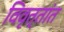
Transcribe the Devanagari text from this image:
विवृत्तांत